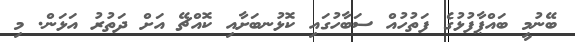
ބޭނުމީ ބައްޕާފުޅުގެ ފަތުހުއް ސަބާހުގައި ކޮޅުނބަށާއި ކޮއްޗޭ އަށް ދަތުރު އަޅަން. މި